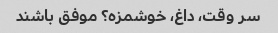
سر وقت، داغ، خوشمزه؟ موفق باشند